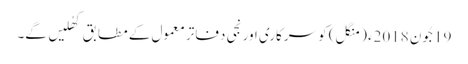
19جُون 2018ء (منگل) کو سرکاری اور نجی دفاتر معمول کے مطابق کھُلیں گے۔